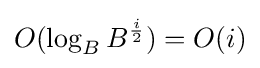
O(\log _{B}B^{\frac {i}{2}})=O(i)